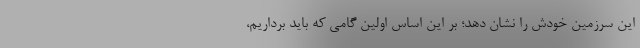
این سرزمین خودش را نشان دهد؛ بر این اساس اولین گامی که باید برداریم،